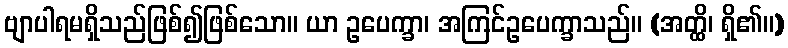
ဗျာပါရမရှိသည်ဖြစ်၍ဖြစ်သော။ ယာ ဥပေက္ခာ၊ အကြင်ဥပေက္ခာသည်။ (အတ္ထိ၊ ရှိ၏။)